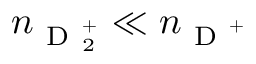
n _ { \mathrm { ~ D ~ } _ { 2 } ^ { + } } \ll n _ { \mathrm { ~ D ~ } ^ { + } }